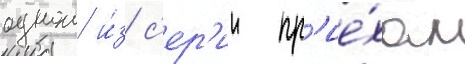
однои и́з с'ер'ии пр'ие́хал